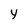
Character: y